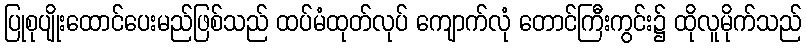
ပြုစုပျိုးထောင်ပေးမည်ဖြစ်သည် ထပ်မံထုတ်လုပ် ကျောက်လုံ တောင်ကြီးကွင်း၌ ထိုလူမိုက်သည်